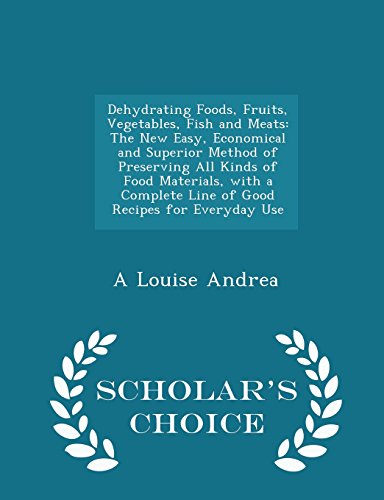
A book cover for Dehydrating Foods, Fruits, Vegetables, Fish and Meats: The New Easy, Economical and Superior Method of Preserving All Kinds of Food Materials, with a ... for Everyday Use - Scholar's Choice Edition; A Louise Andrea; Cookbooks, Food & Wine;